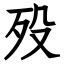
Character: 殁